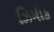
ઝિમીક